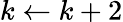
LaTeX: k\leftarrow k+2